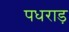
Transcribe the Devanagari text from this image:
पधराड़